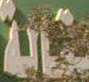
غاية